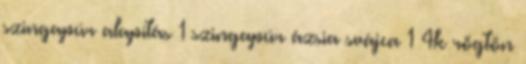
szingapúr alapítás 1 szingapúr ázsia svájca 1 4k rögtön